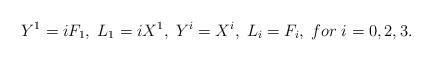
LaTeX: \begin{align*}Y^1=iF_1,\;L_1=i X^1,\;Y^i=X^i,\;L_i =F_i,\;for\;i=0,2,3.\end{align*}